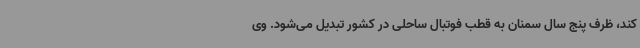
کند، ظرف پنج سال سمنان به قطب فوتبال ساحلی در کشور تبدیل می‌شود. وی